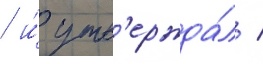
/ и́ утв'ержда́л /